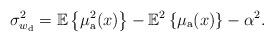
LaTeX: \begin{align*}\sigma_{w_{\rm d}}^2=\mathbb{E}\left\{\mu^2_{\rm a}(x)\right\}-\mathbb{E}^2\left\{\mu_{\rm a}(x)\right\}-\alpha^2.\end{align*}